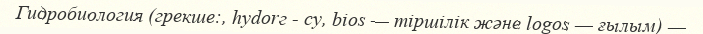
Гидробиология (грекше:, hydorг - су, bios — тіршілік және logos — ғылым) —